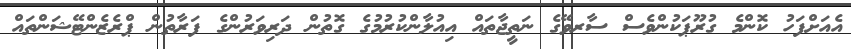
އެއަށްފަހު ކޮންމެ ގުރޫޕަކުންވެސް ސާރވޭގެ ނަތީޖާތައް އިއުލާންކުރުމުގެ ގޮތުން ދަރިވަރުންގެ ފަރާތުން ޕްރެޒެންޓޭޝަންތައް